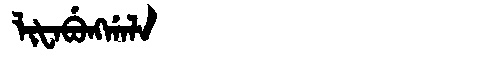
Manchu: ᠯᡳᡶᠠᠪᡠᠩᡤᠠᠯᠠ
Romanization: LIFABUNGGALA